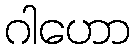
ဂါဟော